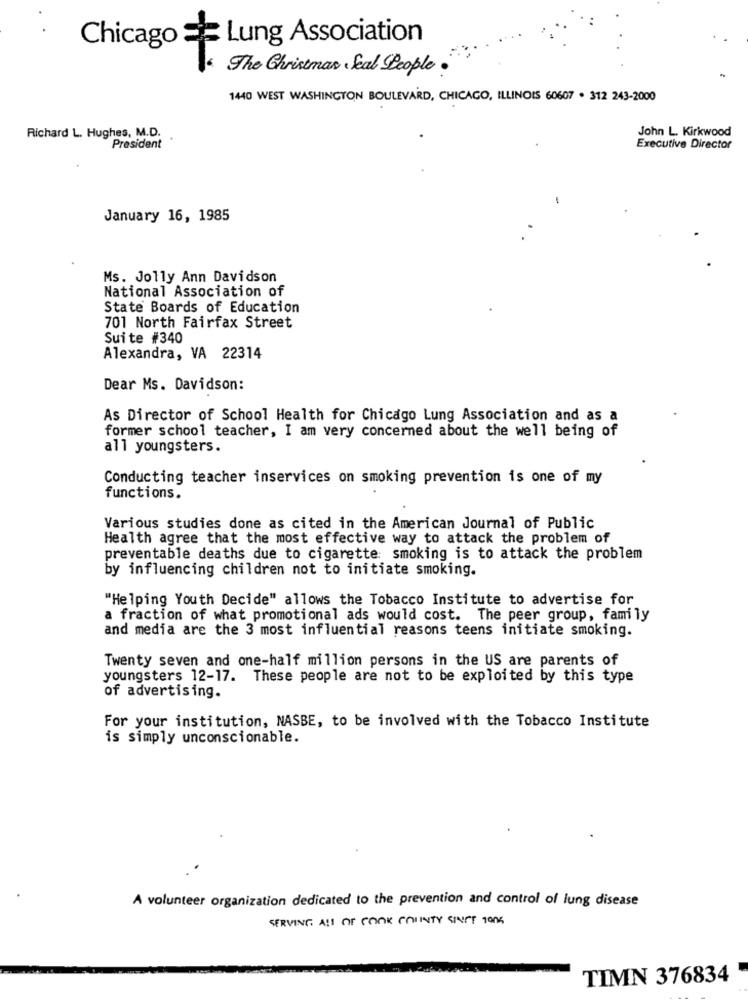
Lung Association
Chicago *
The Christmas Seal People .
1440 WEST WASHINGTON BOULEVARD, CHICAGO, ILLINOIS 60607 . 312 243-2000
Richard L. Hughes, M.D.
John L. Kirkwood
President
Executive Director
January 16, 1985
Ms. Jolly Ann Davidson
National Association of
State Boards of Education
701 North Fairfax Street
Suite #340
Alexandra, VA 22314
Dear Ms. Davidson:
As Director of School Health for Chicago Lung Association and as a
former school teacher, I am very concerned about the well being of
all youngsters.
Conducting teacher inservices on smoking prevention is one of my
functions.
Various studies done as cited in the American Journal of Public
Health agree that the most effective way to attack the problem of
preventable deaths due to cigarette smoking is to attack the problem
by influencing children not to initiate smoking.
"Helping Youth Decide" allows the Tobacco Institute to advertise for
a fraction of what promotional ads would cost. The peer group, family
and media are the 3 most influential reasons teens initiate smoking.
Twenty seven and one-half million persons in the US are parents of
youngsters 12-17. These people are not to be exploited by this type
of advertising.
For your institution, NASBE, to be involved with the Tobacco Institute
is simply unconscionable.
A volunteer organization dedicated to the prevention and control of lung disease
SERVING All OF COOK COUNTY SHIFT Tons
TIMN 376834